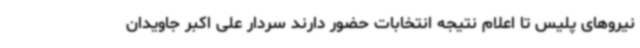
نیروهای پلیس تا اعلام نتیجه انتخابات حضور دارند سردار علی اکبر جاویدان